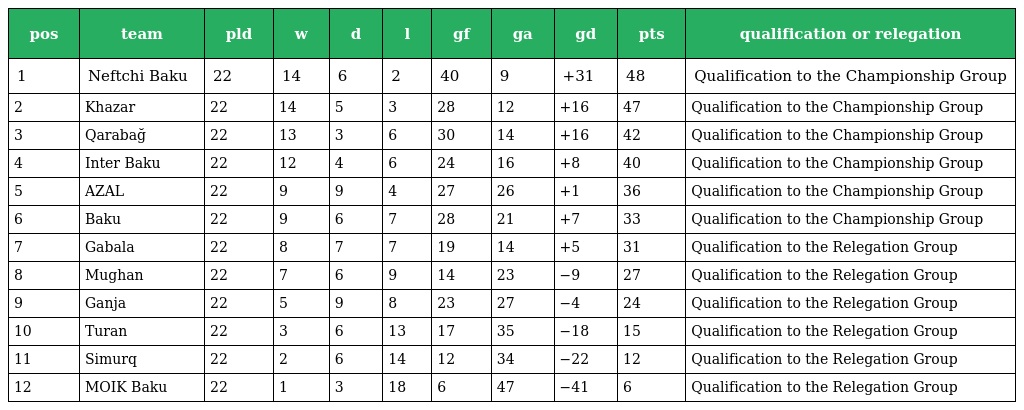
| pos | team | pld | w | d | l | gf | ga | gd | pts | qualification or relegation |
 | --- | --- | --- | --- | --- | --- | --- | --- | --- | --- | --- |
 | 1 | Neftchi Baku | 22 | 14 | 6 | 2 | 40 | 9 | +31 | 48 | Qualification to the Championship Group |
 | 2 | Khazar | 22 | 14 | 5 | 3 | 28 | 12 | +16 | 47 | Qualification to the Championship Group |
 | 3 | Qarabağ | 22 | 13 | 3 | 6 | 30 | 14 | +16 | 42 | Qualification to the Championship Group |
 | 4 | Inter Baku | 22 | 12 | 4 | 6 | 24 | 16 | +8 | 40 | Qualification to the Championship Group |
 | 5 | AZAL | 22 | 9 | 9 | 4 | 27 | 26 | +1 | 36 | Qualification to the Championship Group |
 | 6 | Baku | 22 | 9 | 6 | 7 | 28 | 21 | +7 | 33 | Qualification to the Championship Group |
 | 7 | Gabala | 22 | 8 | 7 | 7 | 19 | 14 | +5 | 31 | Qualification to the Relegation Group |
 | 8 | Mughan | 22 | 7 | 6 | 9 | 14 | 23 | −9 | 27 | Qualification to the Relegation Group |
 | 9 | Ganja | 22 | 5 | 9 | 8 | 23 | 27 | −4 | 24 | Qualification to the Relegation Group |
 | 10 | Turan | 22 | 3 | 6 | 13 | 17 | 35 | −18 | 15 | Qualification to the Relegation Group |
 | 11 | Simurq | 22 | 2 | 6 | 14 | 12 | 34 | −22 | 12 | Qualification to the Relegation Group |
 | 12 | MOIK Baku | 22 | 1 | 3 | 18 | 6 | 47 | −41 | 6 | Qualification to the Relegation Group |